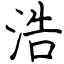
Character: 浩